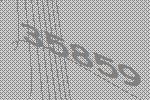
35859